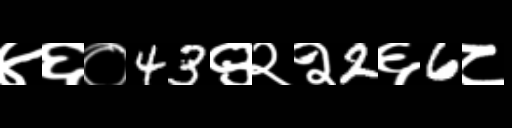
Text: ४६०43९२२2६6८